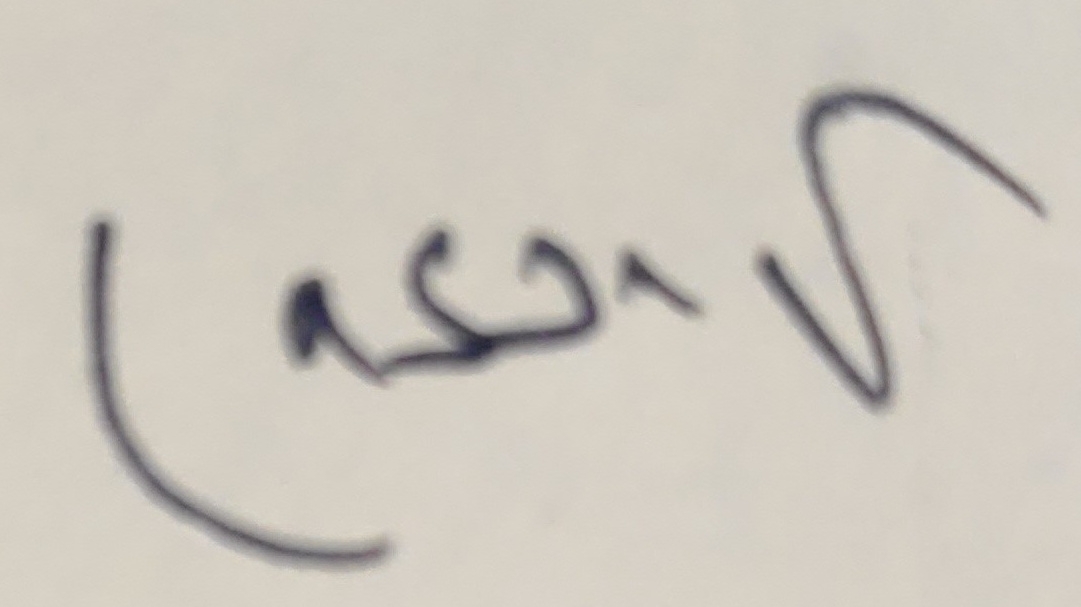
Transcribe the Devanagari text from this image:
(सनर